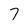
Character: 7